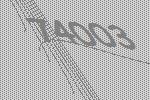
74003